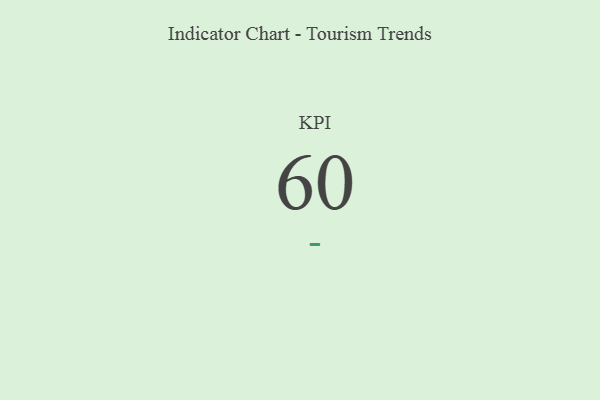
{"axis": {"x": "KPI", "y": "Value"}, "legend": [""], "data": [{"x": "KPI", "y": 60, "type": ""}]}